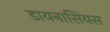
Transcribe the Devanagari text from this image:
डायनासियस